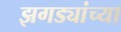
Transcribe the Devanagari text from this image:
झगड्यांच्या